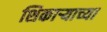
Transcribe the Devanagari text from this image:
शिकाऱ्याच्या